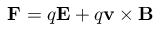
\mathbf { F } = q \mathbf { E } + q \mathbf { v } \times \mathbf { B }